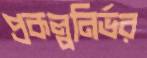
প্রকল্পনির্ভর